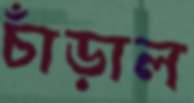
চাঁড়াল